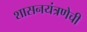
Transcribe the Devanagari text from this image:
शासनयंत्रणेची